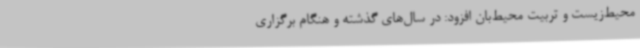
محیط‌زیست و تربیت محیط‌بان افزود: در سال‌های گذشته و هنگام برگزاری